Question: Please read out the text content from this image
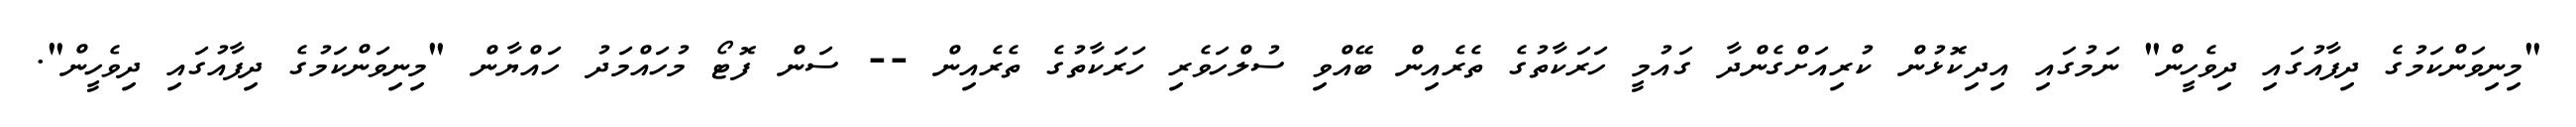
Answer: "މިނިވަންކަމުގެ ދިފާއުގައި ދިވެހީން" ނަމުގައި އިދިކޮޅުން ކުރިއަށްގެންދާ ގައުމީ ހަރަކާތުގެ ތެރެއިން ބޭއްވި ސުލްހަވެރި ހަރަކާތުގެ ތެރެއިން -- ސަން ފޮޓޯ މުހައްމަދު ހައްޔާން "މިނިވަންކަމުގެ ދިފާއުގައި ދިވެހީން".